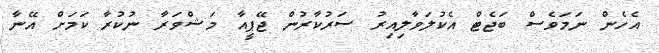
އެހެން ނަމަވެސް ބަޖެޓް އެކުލަވާލިއިރު ސަރުކާރުން ޖޭޕީއާ މަޝްވަރާ ނުކުރާ ކަމަށް އޭނާ